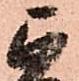
正